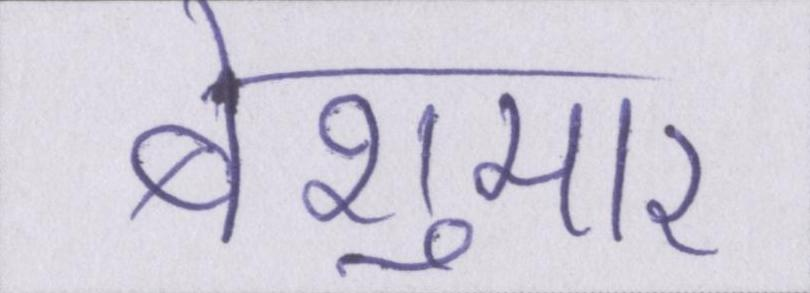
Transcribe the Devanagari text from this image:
बेशुमार